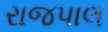
રાજપાલ